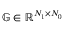
\mathbb { G } \in \mathbb { R } ^ { N _ { 1 } \times N _ { 0 } }